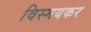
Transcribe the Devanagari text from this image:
विस्मयकर